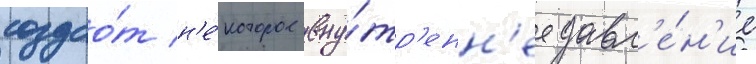
создао́т н'е́которое вну́тр'енн'ее давл'е́н'ие